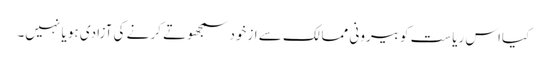
کیااس ریاست کو بیرونی ممالک سے ازخود سمجھوتے کر نے کی آزادی ہو یا نہیں۔